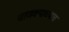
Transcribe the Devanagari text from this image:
चाणक्याच्याच